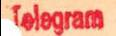
Telegram